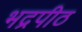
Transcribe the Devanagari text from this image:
भद्रपीठ